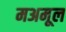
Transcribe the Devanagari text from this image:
मअमूल